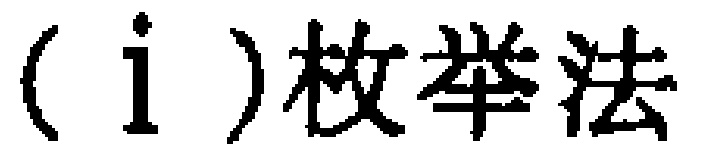
（i）枚举法